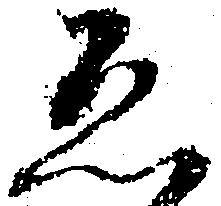
ゑ